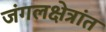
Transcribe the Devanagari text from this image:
जंगलक्षेत्रांत